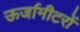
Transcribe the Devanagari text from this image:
ऊर्जामीटरों